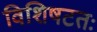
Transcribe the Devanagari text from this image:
विशिषटतः